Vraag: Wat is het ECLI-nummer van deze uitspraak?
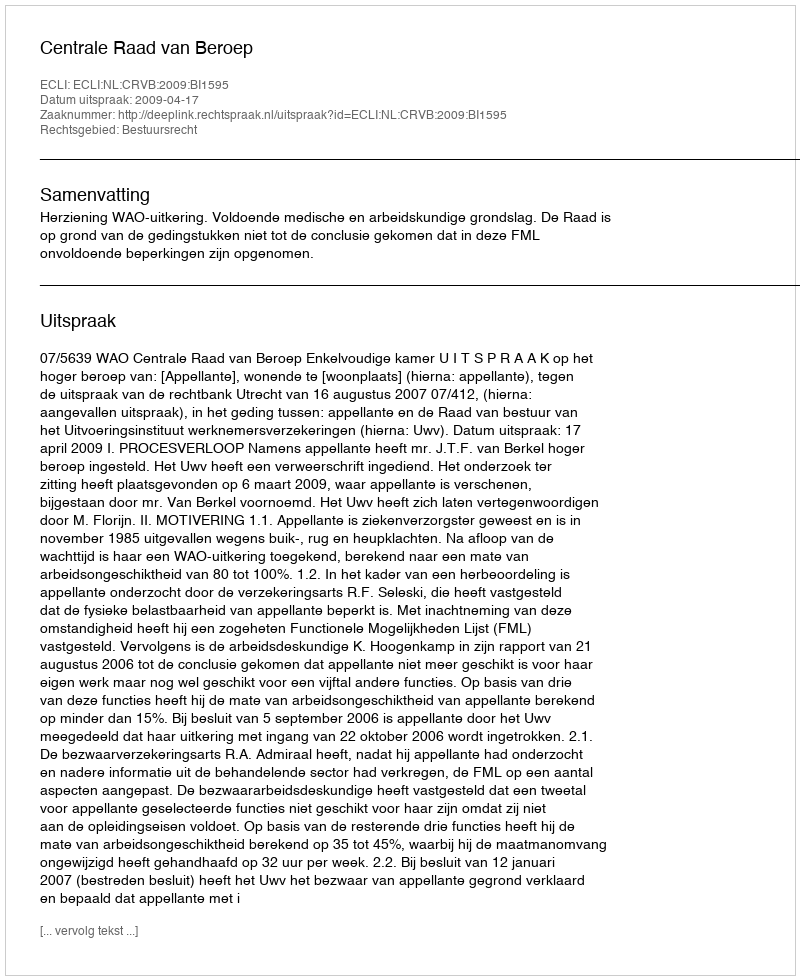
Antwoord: ECLI:NL:CRVB:2009:BI1595